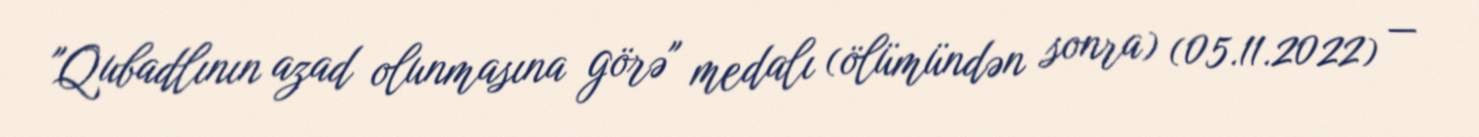
"Qubadlının azad olunmasına görə" medalı (ölümündən sonra) (05.11.2022) —